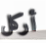
أركل